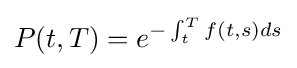
P(t,T)=e^{-\int _{t}^{T}f(t,s)ds}